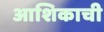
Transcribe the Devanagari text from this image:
आशिकाची